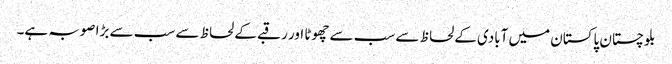
بلوچستان پاکستان میں آبادی کے لحاظ سے سب سے چھوٹا اور رقبے کے لحاظ سے سب سے بڑا صوبہ ہے۔